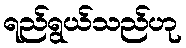
ရည်ရွယ်သည်ဟု